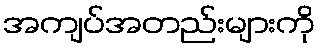
အကျပ်အတည်းများကို